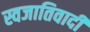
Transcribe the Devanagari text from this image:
स्वजातिवादी